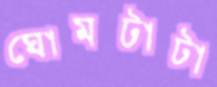
ঘোমটাটা